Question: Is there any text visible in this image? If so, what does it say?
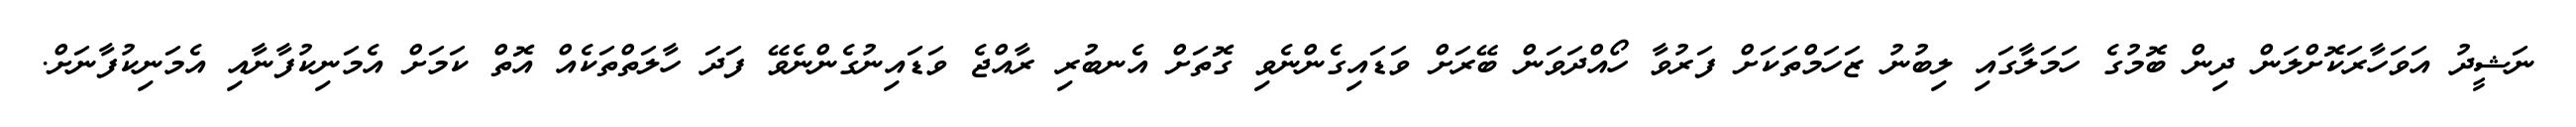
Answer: ނަޝީދު އަވަހާރަކޮށްލަން ދިން ބޮމުގެ ހަމަލާގައި ލިބުނު ޒަހަމްތަކަށް ފަރުވާ ހޯއްދަވަން ބޭރަށް ވަޑައިގެންނެވި ގޮތަށް އެނބުރި ރާއްޖެ ވަޑައިނުގެންނެވޭ ފަދަ ހާލަތްތަކެއް އޮތް ކަމަށް އެމަނިކުފާނާއި އެމަނިކުފާނަށް.